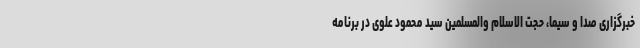
خبرگزاری صدا و سیما، حجت الاسلام والمسلمین سید محمود علوی در برنامه